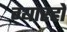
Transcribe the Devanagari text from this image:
ग्यारहों